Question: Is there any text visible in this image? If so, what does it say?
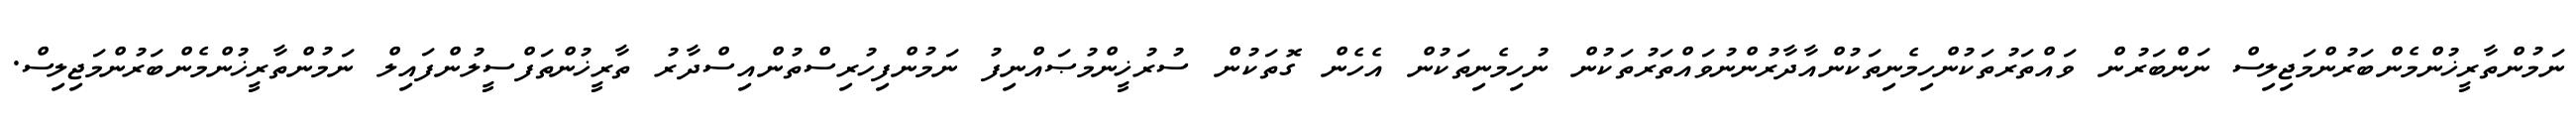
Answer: ނަމުންތާރީޚުންމެންބަރުންމަޖިލިސް ނަންބަރުން ވައްތަރުތަކުންހިމެނިތަކުންއާދާރުންނުވައްތަރުތަކުން ނުހިމެނިތަކުން އެހެން ގޮތަކުން ސުރުޚީންމުޞައްނިފު ނަމުންފިހުރިސްތުންއިސްދާރު ތާރީޚުންތަފްސީލުންފައިލް ނަމުންތާރީޚުންމެންބަރުންމަޖިލިސް.